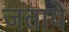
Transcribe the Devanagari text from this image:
जताये